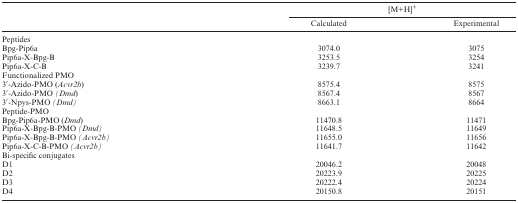
<table><thead><tr><td></td><td colspan="2"><b>[M+H]<sup>+</sup></b></td></tr><tr><td></td><td><b>Calculated</b></td><td><b>Experimental</b></td></tr></thead><tbody><tr><td colspan="3">Peptides</td></tr><tr><td>Bpg-Pip6a</td><td>3074.0</td><td>3075</td></tr><tr><td>Pip6a-X-Bpg-B</td><td>3253.5</td><td>3254</td></tr><tr><td>Pip6a-X-C-B</td><td>3239.7</td><td>3241</td></tr><tr><td colspan="3">Functionalized PMO</td></tr><tr><td>3′-Azido-PMO (<i>Acvr2b</i>)</td><td>8575.4</td><td>8575</td></tr><tr><td>3′-Azido-PMO <i>(Dmd</i>)</td><td>8567.4</td><td>8567</td></tr><tr><td>3′-Npys-PMO <i>(Dmd)</i></td><td>8663.1</td><td>8664</td></tr><tr><td colspan="3">Peptide-PMO</td></tr><tr><td>Bpg-Pip6a-PMO (<i>Dmd</i>)</td><td>11470.8</td><td>11471</td></tr><tr><td>Pip6a-X-Bpg-B-PMO <i>(Dmd)</i></td><td>11648.5</td><td>11649</td></tr><tr><td>Pip6a-X-Bpg-B-PMO <i>(Acvr2b)</i></td><td>11655.0</td><td>11656</td></tr><tr><td>Pip6a-X-C-B-PMO <i>(Acvr2b)</i></td><td>11641.7</td><td>11642</td></tr><tr><td colspan="3">Bi-specific conjugates</td></tr><tr><td>D1</td><td>20046.2</td><td>20048</td></tr><tr><td>D2</td><td>20223.9</td><td>20225</td></tr><tr><td>D3</td><td>20222.4</td><td>20224</td></tr><tr><td>D4</td><td>20150.8</td><td>20151</td></tr></tbody></table>